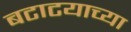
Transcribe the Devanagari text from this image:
बटाटयाच्या